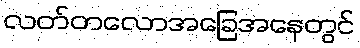
လတ်တလောအခြေအနေတွင်